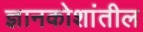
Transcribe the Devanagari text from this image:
ज्ञानकोशांतील